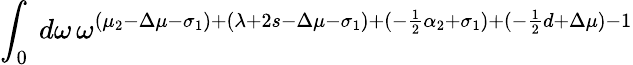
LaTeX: \int_{0}\: d\omega\, \omega^{(\mu_{2}-\Delta\mu-\sigma_{1})+(\lambda+2s-\Delta\mu-\sigma_{1})+(-\frac{1}{2}\alpha_{2}+\sigma_{1})+(-\frac{1}{2}d+\Delta\mu)-1}